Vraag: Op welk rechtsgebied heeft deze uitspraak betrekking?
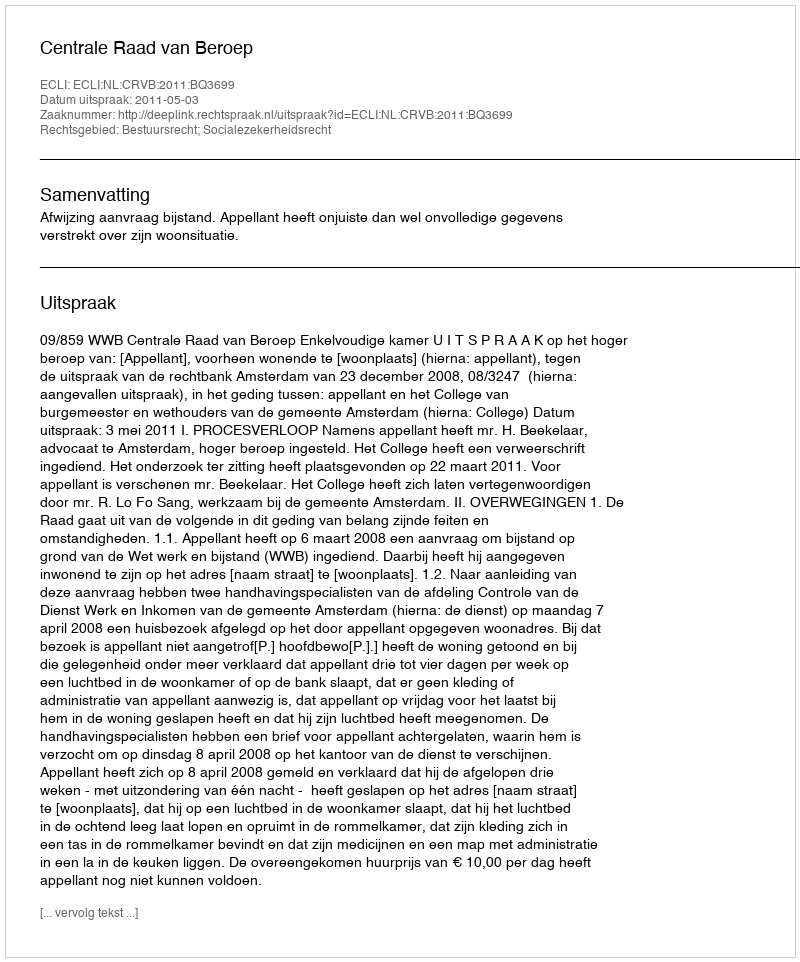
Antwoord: Bestuursrecht; Socialezekerheidsrecht